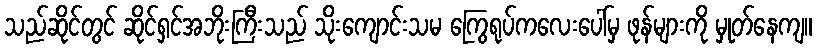
သည်ဆိုင်တွင် ဆိုင်ရှင်အဘိုးကြီးသည် သိုးကျောင်းသမ ကြွေရုပ်ကလေးပေါ်မှ ဖုန်များကို မှုတ်နေကျ။